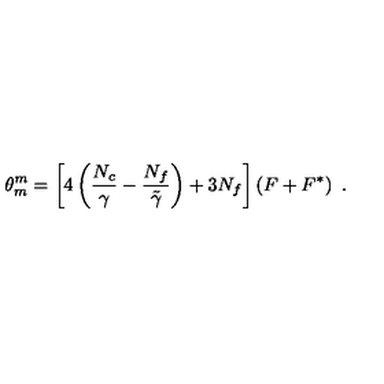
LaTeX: \theta _ { m } ^ { m } = \left[ 4 \left( \frac { N _ { c } } { \gamma } - \frac { N _ { f } } { \tilde { \gamma } } \right) + 3 N _ { f } \right] \left( F + F ^ { * } \right) \ .